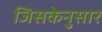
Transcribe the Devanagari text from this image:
जिसकेनुसार